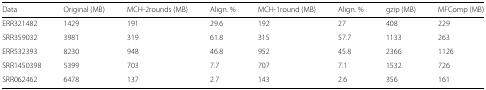
<table><thead><tr><td><b>Data</b></td><td><b>Original (MB)</b></td><td><b>MCH-2rounds (MB)</b></td><td><b>Align. %</b></td><td><b>MCH-1round (MB)</b></td><td><b>Align. %</b></td><td><b>gzip (MB)</b></td><td><b>MFComp (MB)</b></td></tr></thead><tbody><tr><td>ERR321482</td><td>1429</td><td>191</td><td>29.6</td><td>192</td><td>27</td><td>408</td><td>229</td></tr><tr><td>SRR359032</td><td>3981</td><td>319</td><td>61.8</td><td>315</td><td>57.7</td><td>1133</td><td>263</td></tr><tr><td>ERR532393</td><td>8230</td><td>948</td><td>46.8</td><td>952</td><td>45.8</td><td>2366</td><td>1126</td></tr><tr><td>SRR1450398</td><td>5399</td><td>703</td><td>7.7</td><td>707</td><td>7.1</td><td>1532</td><td>726</td></tr><tr><td>SRR062462</td><td>6478</td><td>137</td><td>2.7</td><td>143</td><td>2.6</td><td>356</td><td>161</td></tr></tbody></table>